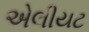
એલીયટ